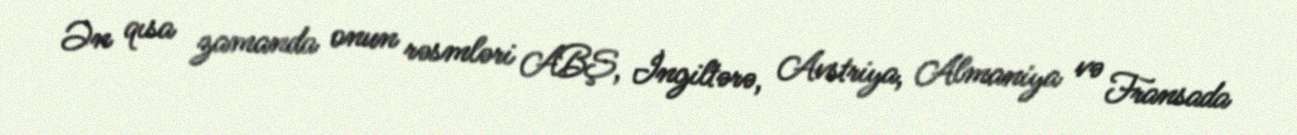
Ən qısa zamanda onun rəsmləri ABŞ, İngiltərə, Avstriya, Almaniya və Fransada